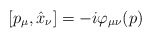
\begin{align*}[p_\mu,\hat{x}_\nu]=-i\varphi_{\mu\nu}(p)\end{align*}